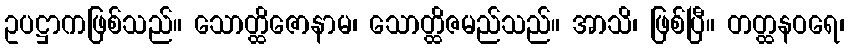
ဥပဋ္ဌာကဖြစ်သည်။ သောတ္ထိဇောနာမ၊ သောတ္ထိဇမည်သည်။ အာသိ၊ ဖြစ်ပြီ။ တတ္ထနဝရေ၊